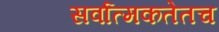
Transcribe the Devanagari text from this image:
सर्वात्मकतेतच